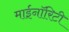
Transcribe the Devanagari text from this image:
माईनॉरिटी